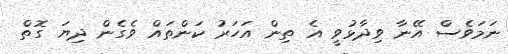
ނަމަވެސް އޭނާ ވިދާޅުވީ އެ ތިން އަހަރު ކަންތައް ވެގެން ދިޔަ ގޮތް